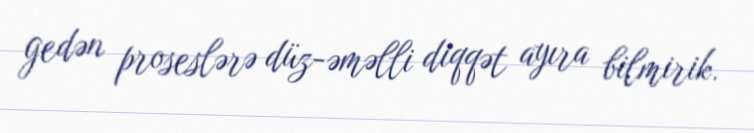
gedən proseslərə düz-əməlli diqqət ayıra bilmirik.